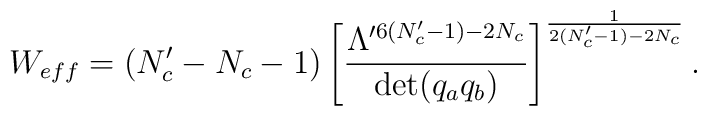
W_{eff}=(N_c'-N_c-1)\left[\frac{\Lambda^{\prime 6(N_c'-1)-2N_c}}          {\det(q_a q_b)}\right]^{\frac{1}{2(N_c'-1)-2N_c}}.